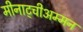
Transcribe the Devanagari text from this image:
मीनाट्चीअम्मन